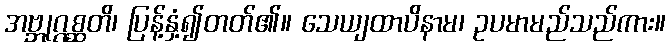
အဗ္ဘုဂ္ဂစ္ဆတိ၊ ပြန့်နှံ့၍တတ်၏။ သေယျထာပိနာမ၊ ဥပမာမည်သည်ကား။